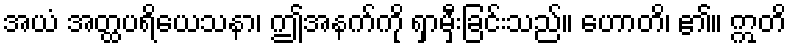
အယံ အတ္ထပရိယေသနာ၊ ဤအနက်ကို ရှာမှီးခြင်းသည်။ ဟောတိ၊ ၏။ ဣတိ